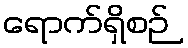
ရောက်ရှိစဉ်